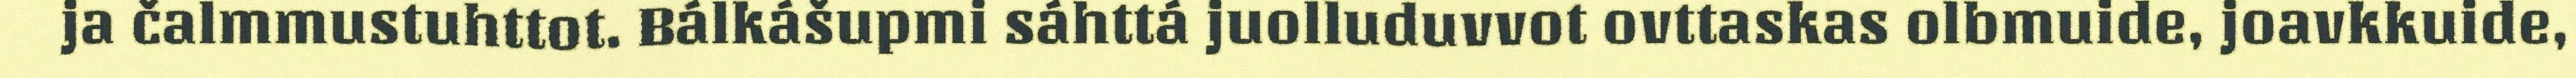
ja čalmmustuhttot. Bálkášupmi sáhttá juolluduvvot ovttaskas olbmuide, joavkkuide,